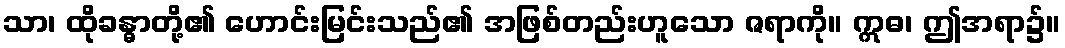
သာ၊ ထိုခန္ဓာတို့၏ ဟောင်းမြင်းသည်၏ အဖြစ်တည်းဟူသော ဇရာကို။ ဣဓ၊ ဤအရာ၌။